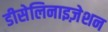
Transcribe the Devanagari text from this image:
डीसेलिनाइज़ेशन